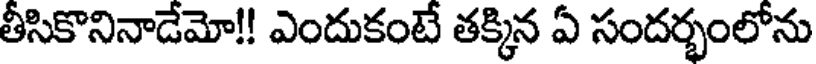
తీసికొనినాడేమో!! ఎందుకంటే తక్కిన ఏ సందర్భంలోను